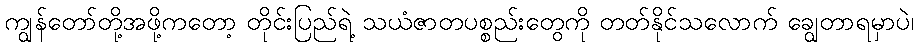
ကျွန်တော်တို့အဖို့ကတော့ တိုင်းပြည်ရဲ့ သယံဇာတပစ္စည်းတွေကို တတ်နိုင်သလောက် ချွေတာရမှာပဲ၊